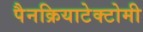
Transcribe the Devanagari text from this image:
पैनक्रियाटेक्टोमी